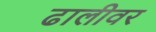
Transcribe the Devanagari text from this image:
ढालीवर